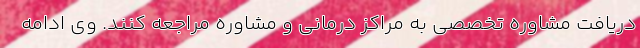
دریافت مشاوره تخصصی به مراکز درمانی و مشاوره مراجعه کنند. وی ادامه